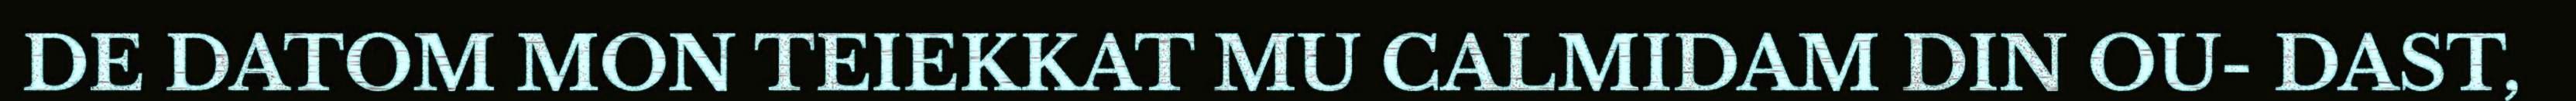
DE DATOM MON TEIEKKAT MU CALMIDAM DIN OU- DAST,